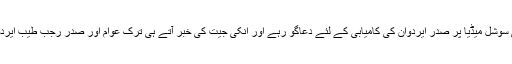
دوران الیکشن اکثر پاکستانی سوشل میڈیا پر صدر ایردوان کی کامیابی کے لئے دعاگو رہے اور انکی جیت کی خبر آتے ہی ترک عوام اور صدر رجب طیب ایردوان کو مبارکباد دینے لگے۔